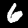
Label: 6